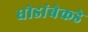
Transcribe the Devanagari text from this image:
धोडांबेकडे